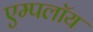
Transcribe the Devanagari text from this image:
एम्पलॉय